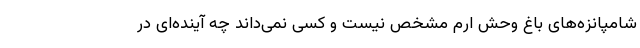
‌شامپانزه‌های باغ وحش ارم مشخص نیست و کسی نمی‌داند چه آینده‌ای در